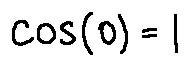
\cos ( 0 ) = 1